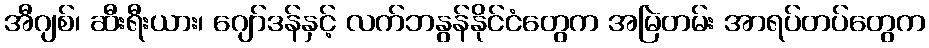
အီဂျစ်၊ ဆီးရီးယား၊ ဂျော်ဒန်နှင့် လက်ဘနွန်နိုင်ငံတွေက အမြဲတမ်း အာရပ်တပ်တွေက